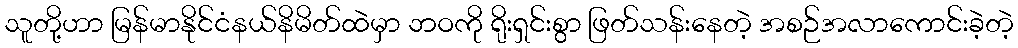
သူတို့ဟာ မြန်မာနိုင်ငံနယ်နိမိတ်ထဲမှာ ဘဝကို ရိုးရှင်းစွာ ဖြတ်သန်းနေတဲ့ အစဉ်အလာကောင်းခဲ့တဲ့